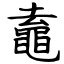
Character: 鼁